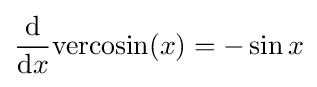
{\frac {\mathrm {d} }{\mathrm {d} x}}\mathrm {vercosin} (x)=-\sin {x}